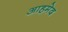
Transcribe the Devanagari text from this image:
आहमेद